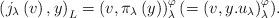
LaTeX: \begin{align*}\left(j_{\lambda}\left(v\right),y\right)_{L} & =\left(v,\pi_{\lambda}\left(y\right)\right)_{\lambda}^{\varphi}(=\left(v,y.u_{\lambda}\right)_{\lambda}^{\varphi}).\end{align*}